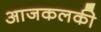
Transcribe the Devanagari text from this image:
आजकलकी